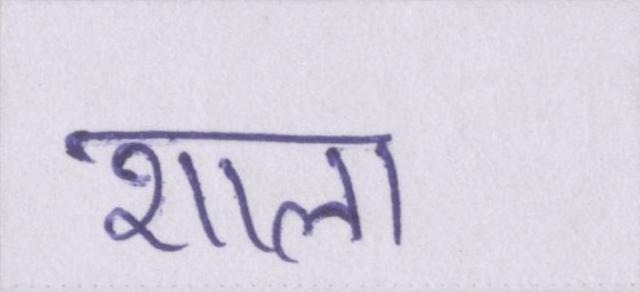
शाला